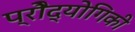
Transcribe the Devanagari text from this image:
प्रोैद्योगिकी